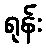
ရုန်း